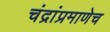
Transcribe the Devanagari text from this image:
चंद्रांप्रमाणेच